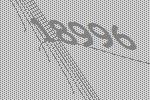
18996